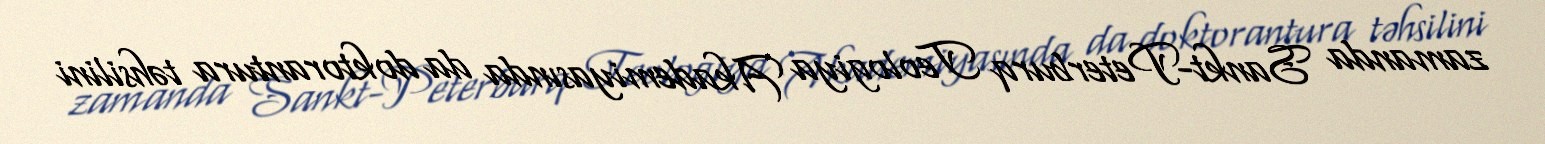
zamanda Sankt-Peterburq Teologiya Akademiyasında da doktorantura təhsilini